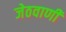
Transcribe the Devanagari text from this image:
जेठवाणी